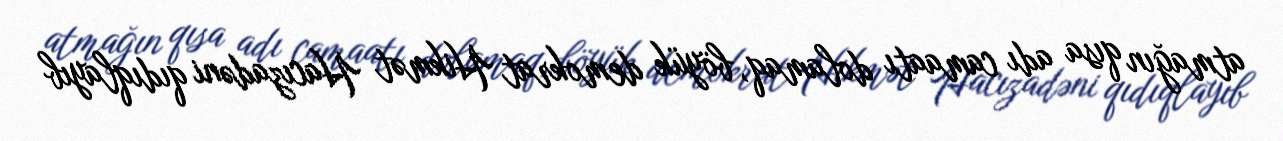
atmağın qısa adı camaatı dolamaq, böyük demokrat Hikmət Hacızadəni qıdıqlayıb